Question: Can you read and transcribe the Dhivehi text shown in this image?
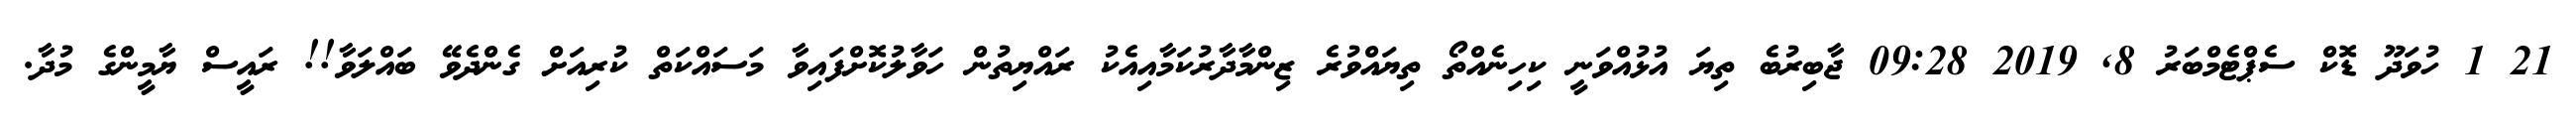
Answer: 21 1 ހުވަދޫ ޑޮކް ސެޕްޓެމްބަރު 8, 2019 09:28 ޖާބިރުބެ ތިޔަ އުޅުއްވަނީ ކިހިނެއްތޯ ތިޔައްވުރެ ޒިންމާދާރުކަމާއިއެކު ރައްޔިތުން ހަވާލުކޮށްފައިވާ މަސައްކަތް ކުރިއަށް ގެންދެވޭ ބައްލަވާ!! ރައީސް ޔާމީންގެ މުދާ.